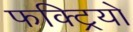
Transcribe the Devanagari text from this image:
फक्ट्रियो